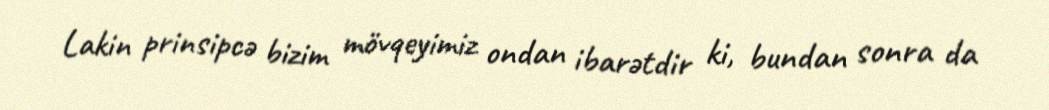
Lakin prinsipcə bizim mövqeyimiz ondan ibarətdir ki, bundan sonra da